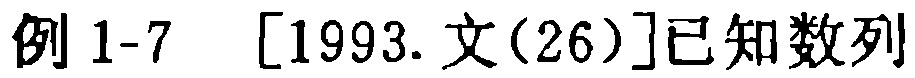
例 1-7  [1993.文(26)]已知数列